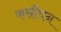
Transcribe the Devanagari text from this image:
कसौघन